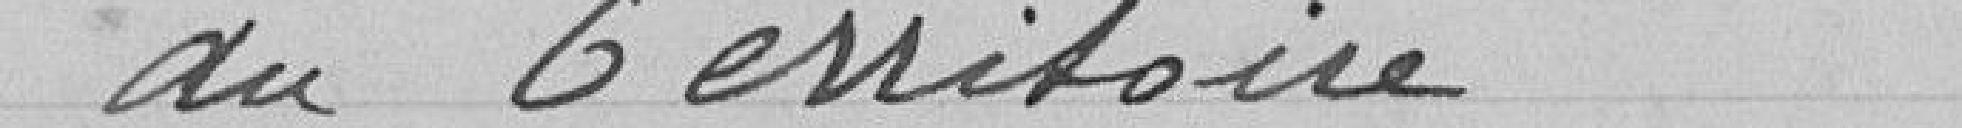
du Territoire